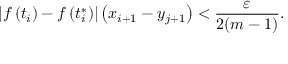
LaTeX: \left| f \left( t _ { i } \right) - f \left( t _ { i } ^ { * } \right) \right| \left( x _ { i + 1 } - y _ { j + 1 } \right) < { \frac { \varepsilon } { 2 ( m - 1 ) } } .